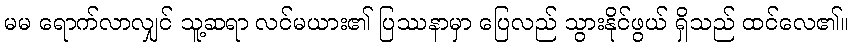
မမ ရောက်လာလျှင် သူ့ဆရာ လင်မယား၏ ပြဿနာမှာ ပြေလည် သွားနိုင်ဖွယ် ရှိသည် ထင်လေ၏။